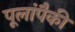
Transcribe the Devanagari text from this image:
पूलांपैकी